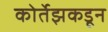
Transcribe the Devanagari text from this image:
कोर्तेझकडून